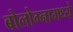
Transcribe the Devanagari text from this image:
बोलोग्नामध्ये